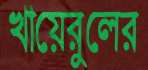
খায়েরুলের